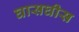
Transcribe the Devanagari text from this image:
घासघीस